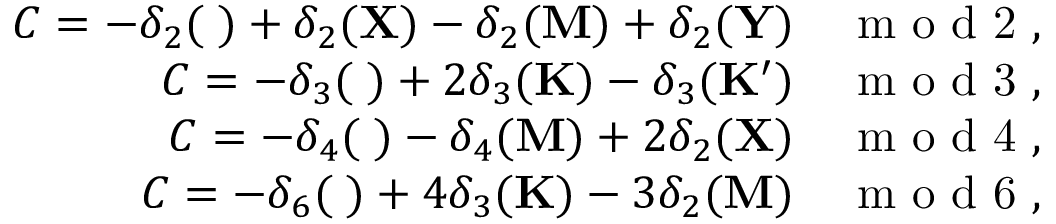
\begin{array} { r } { C = - \delta _ { 2 } ( { \bf \Gamma } ) + \delta _ { 2 } ( { \bf X } ) - \delta _ { 2 } ( { \bf M } ) + \delta _ { 2 } ( { \bf Y } ) \quad \mathrm { ~ m ~ o ~ d ~ 2 ~ } , } \\ { C = - \delta _ { 3 } ( { \bf \Gamma } ) + 2 \delta _ { 3 } ( { \bf K } ) - \delta _ { 3 } ( { \bf K ^ { \prime } } ) \quad \mathrm { ~ m ~ o ~ d ~ 3 ~ } , } \\ { C = - \delta _ { 4 } ( { \bf \Gamma } ) - \delta _ { 4 } ( { \bf M } ) + 2 \delta _ { 2 } ( { \bf X } ) \quad \mathrm { ~ m ~ o ~ d ~ 4 ~ } , } \\ { C = - \delta _ { 6 } ( { \bf \Gamma } ) + 4 \delta _ { 3 } ( { \bf K } ) - 3 \delta _ { 2 } ( { \bf M } ) \quad \mathrm { ~ m ~ o ~ d ~ 6 ~ } , } \end{array}